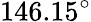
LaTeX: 146.15^{\circ}